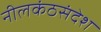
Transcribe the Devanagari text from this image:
नीलकंठसंदेश